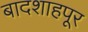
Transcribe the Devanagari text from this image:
बादशाहपूर